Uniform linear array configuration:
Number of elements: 4
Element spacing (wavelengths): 0.5
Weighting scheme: binomial
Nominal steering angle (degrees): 0
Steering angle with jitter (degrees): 1.764
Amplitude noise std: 0.05
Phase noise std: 0.05

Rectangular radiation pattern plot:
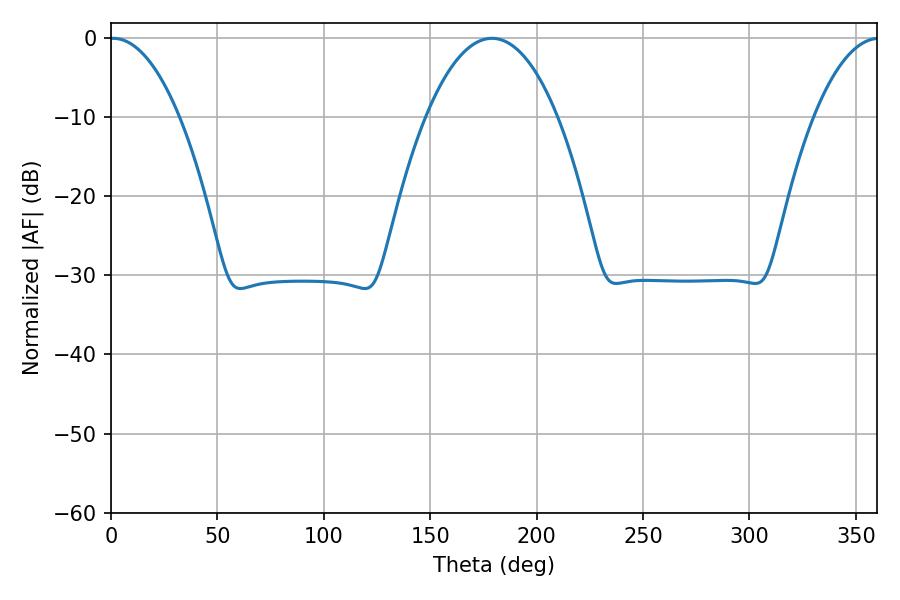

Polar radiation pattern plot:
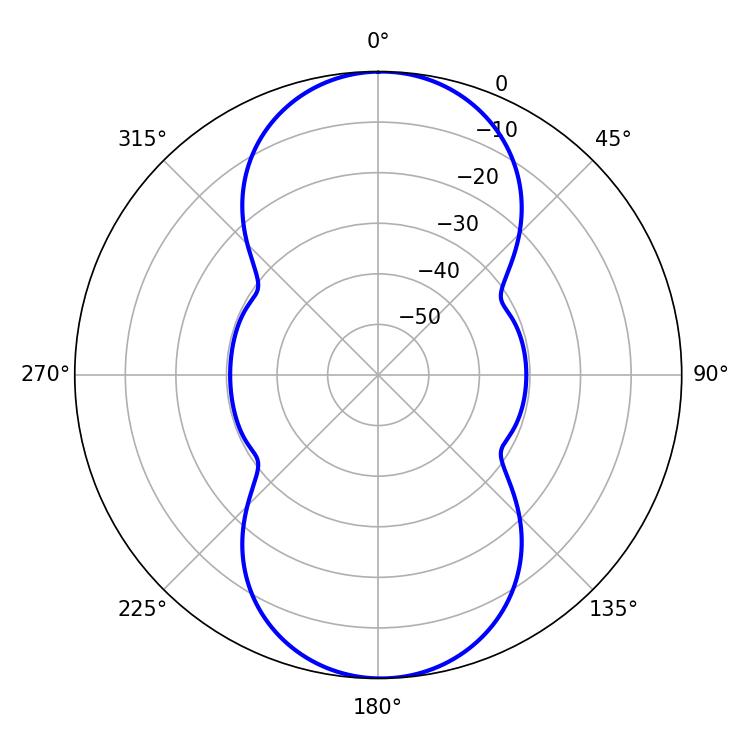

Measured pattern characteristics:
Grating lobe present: FALSE
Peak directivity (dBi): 19.306
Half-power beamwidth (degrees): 18.18
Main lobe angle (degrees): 0.9